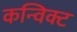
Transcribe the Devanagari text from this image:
कन्विक्ट